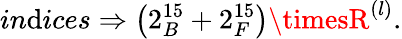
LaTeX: in\mathrm{d}ices\Rightarrow\left(2_{B}^{15}+2_{F}^{15}\right)\timesR^{\left(l\right)}.